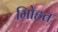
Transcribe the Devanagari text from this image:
मोिहत